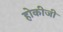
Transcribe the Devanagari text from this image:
होकीजी